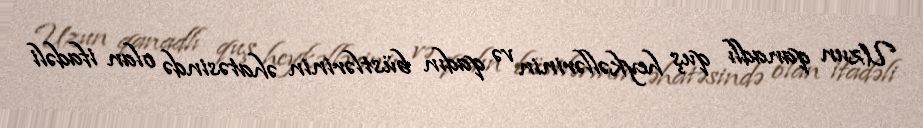
Uzun qanadlı quş heykəllərinin və qadın büstlərinin əhatəsində olan ifadəli